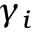
\gamma _ { i }